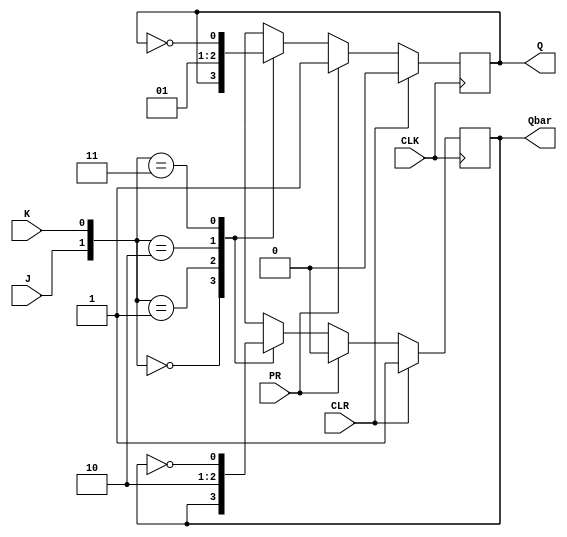
module JK_flipflop (
    input J,
    input K,
    input CLK,
    input CLR,
    input PR,
    output reg Q,
    output reg Qbar
);

always @(posedge CLK) begin
    if (CLR) begin
        Q <= 1'b0;
        Qbar <= 1'b1;
    end else if (PR) begin
        Q <= 1'b1;
        Qbar <= 1'b0;
    end else begin
        case ({J, K})
            2'b00: begin // No change
                Q <= Q;
                Qbar <= Qbar;
            end
            2'b01: begin // Reset (Q = 0, Qbar = 1)
                Q <= 1'b0;
                Qbar <= 1'b1;
            end
            2'b10: begin // Set (Q = 1, Qbar = 0)
                Q <= 1'b1;
                Qbar <= 1'b0;
            end
            2'b11: begin // Toggle
                Q <= ~Q;
                Qbar <= ~Qbar;
            end
        endcase
    end
end

endmodule